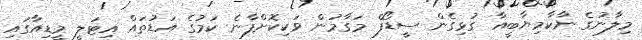
މިލާނުގެ ނާކާމިޔާބީއާ ގުޅިގެން ސީޑޯފް މަގާމުން ވަކިކޮށްފާނެ ކަމުގެ އަޑުތައް އިޓަލީ މީޑިއާގައި